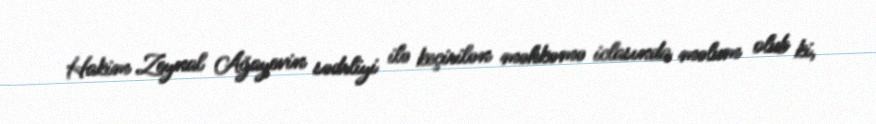
Hakim Zeynal Ağayevin sədrliyi ilə keçirilən məhkəmə iclasında məlum olub ki,